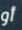
أو